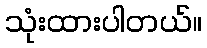
သုံးထားပါတယ်။